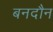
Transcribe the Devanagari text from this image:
बनदौन